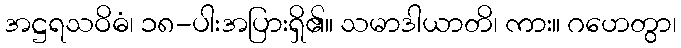
အဋ္ဌရသဝိဓံ၊ ၁၈-ပါးအပြားရှိ၏။ သမာဒါယာတိ၊ ကား။ ဂဟေတွာ၊